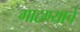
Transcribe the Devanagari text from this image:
गाठण्याचे